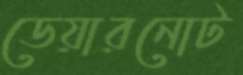
ডেয়ারনোট